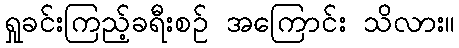
ရှုခင်းကြည့်ခရီးစဉ် အကြောင်း သိလား။